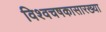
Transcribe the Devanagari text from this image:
विश्वचषकासारख्या